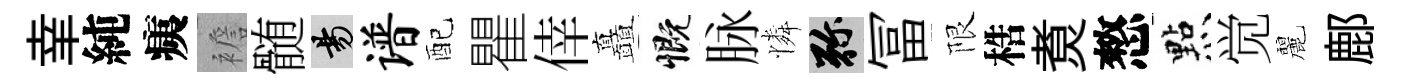
𦍒純痍襜髄昜谱配瞿倖矗慨脉憐弥冨限梏煑憗㸃觉麗鄜